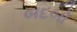
બદબો